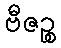
ဗီဇဉ္စ